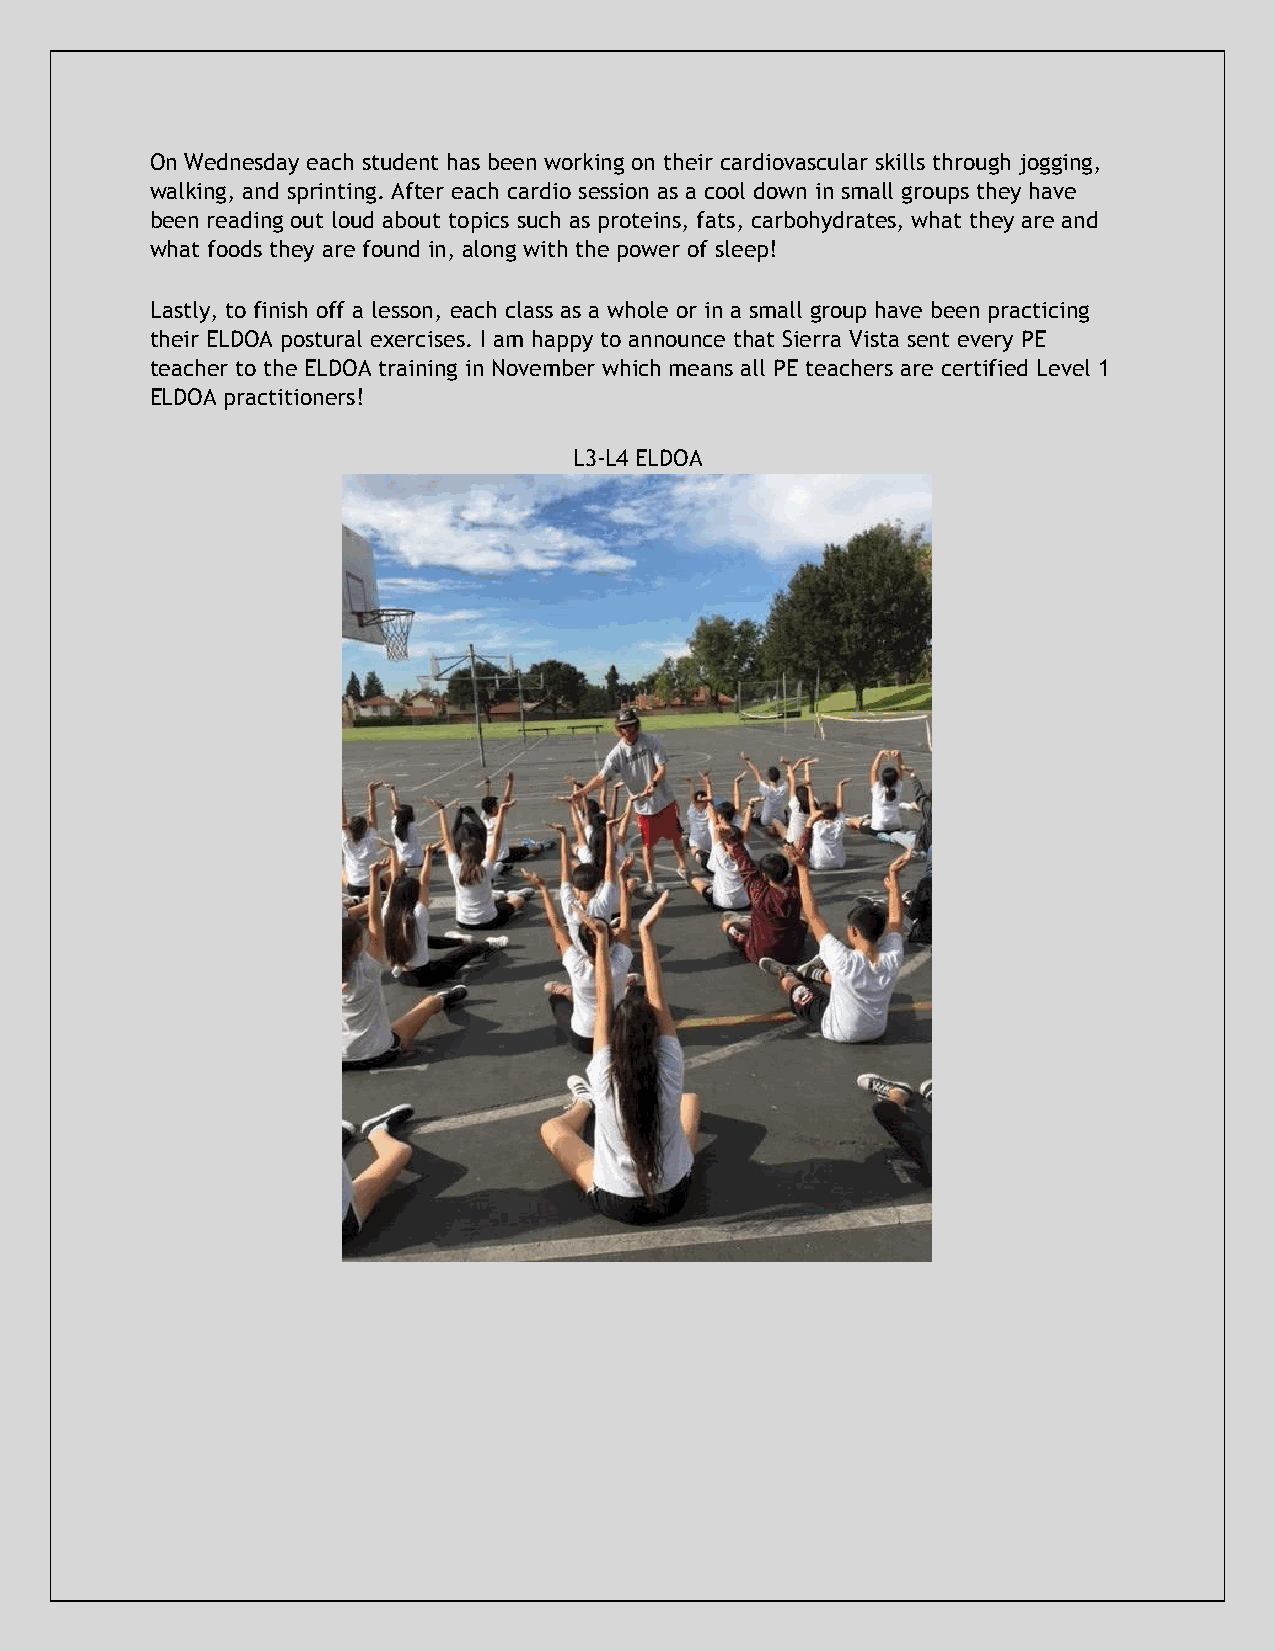
On Wednesday each student has been working on their cardiovascular skills through jogging,
 walking, and sprinting. After each cardio session as a cool down in small groups they have
 been reading out loud about topics such as proteins, fats, carbohydrates, what they are and
 what foods they are found in, along with the power of sleep!
 Lastly, to finish off a lesson, each class as a whole or in a small group have been practicing
 their ELDOA postural exercises. I am happy to announce that Sierra Vista sent every PE
 teacher to the ELDOA training in November which means all PE teachers are certified Level 1
 ELDOA practitioners!
 L3-L4 ELDOA